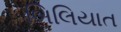
બિલિયાત